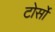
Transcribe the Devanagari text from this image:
टोर्सो